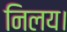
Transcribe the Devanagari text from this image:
निलय।